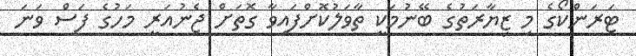
ޓަރަންކޯގެ މި ޒިޔާރަތުގެ ބޭނުމަކީ ތާވަލުކޮށްފައިވާ ގޮތަށް ޖެނުއަރީ މަހުގެ ފަސް ވަނަ